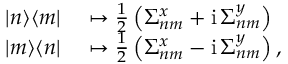
\begin{array} { r l } { | n \rangle \langle m | } & { { } \mapsto { \frac { 1 } { 2 } } \left( \Sigma _ { n m } ^ { x } + \mathrm { i } \, \Sigma _ { n m } ^ { y } \right) } \\ { | m \rangle \langle n | } & { { } \mapsto { \frac { 1 } { 2 } } \left( \Sigma _ { n m } ^ { x } - \mathrm { i } \, \Sigma _ { n m } ^ { y } \right) , } \end{array}